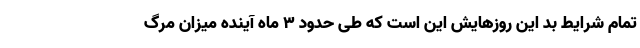
تمام شرایط بد این روزهایش این است که طی حدود ۳ ماه آینده میزان مرگ